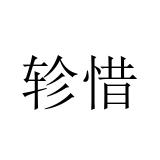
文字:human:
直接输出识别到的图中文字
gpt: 轸惜